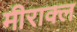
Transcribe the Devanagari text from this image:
मीराक्ल